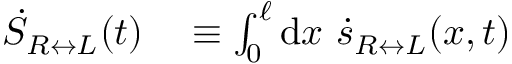
\begin{array} { r l } { \dot { S } _ { R \leftrightarrow L } ( t ) } & { { } \equiv \int _ { 0 } ^ { \ell } \mathrm { d } x ~ \dot { s } _ { R \leftrightarrow L } ( x , t ) } \end{array}